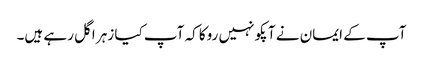
آپ کے ایمان نے آپکو نہیں روکا کہ آپ کیا زہر اگل رہے ہیں۔